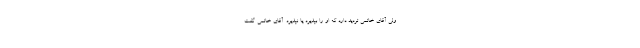
ولى آقاى خاتمى تردید دارد كه او را بپذیرد یا نپذیرد. آقاى خاتمى ‌گفت